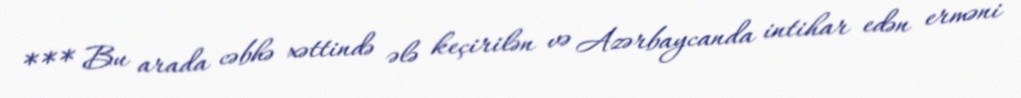
*** Bu arada cəbhə xəttində ələ keçirilən və Azərbaycanda intihar edən erməni